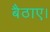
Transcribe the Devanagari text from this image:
बैठाए।